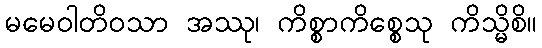
မမေဝါတိဝသာ အဿု၊ ကိစ္စာကိစ္စေသု ကိသ္မိစိ။